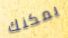
يمكنك